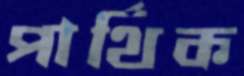
পার্থিক